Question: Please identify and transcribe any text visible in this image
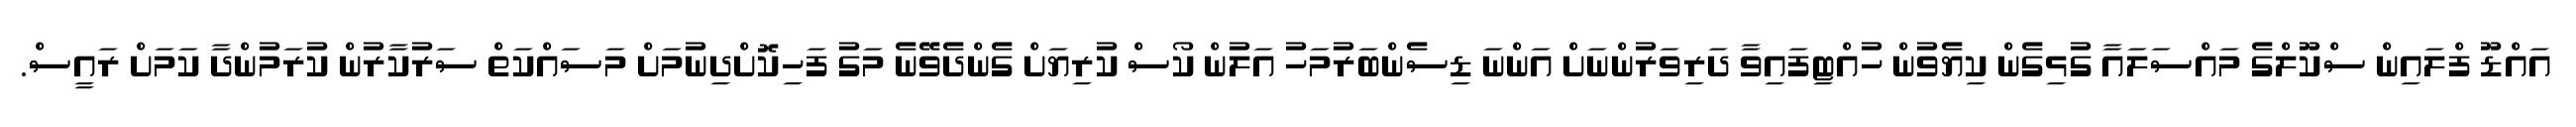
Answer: އައްޑޫ ފްލައިން ސްކޫލްގެ މައްސަލައާ ގުޅިގެން ކިޔެވުން ހުއްޓިފައިވާ ދަރިވަރުންނަށް އަންނަ ޑިސެންބަރުމަހު އަލުން ކޯސް ކުރިޔަށް ގެންދެވޭނެ މަގު ފަހިކޮށްދިނުމަށް މަސައްކަތް ސަރުކާރުން ކުރަމުންދާ ކަމަށް ރައީސް.